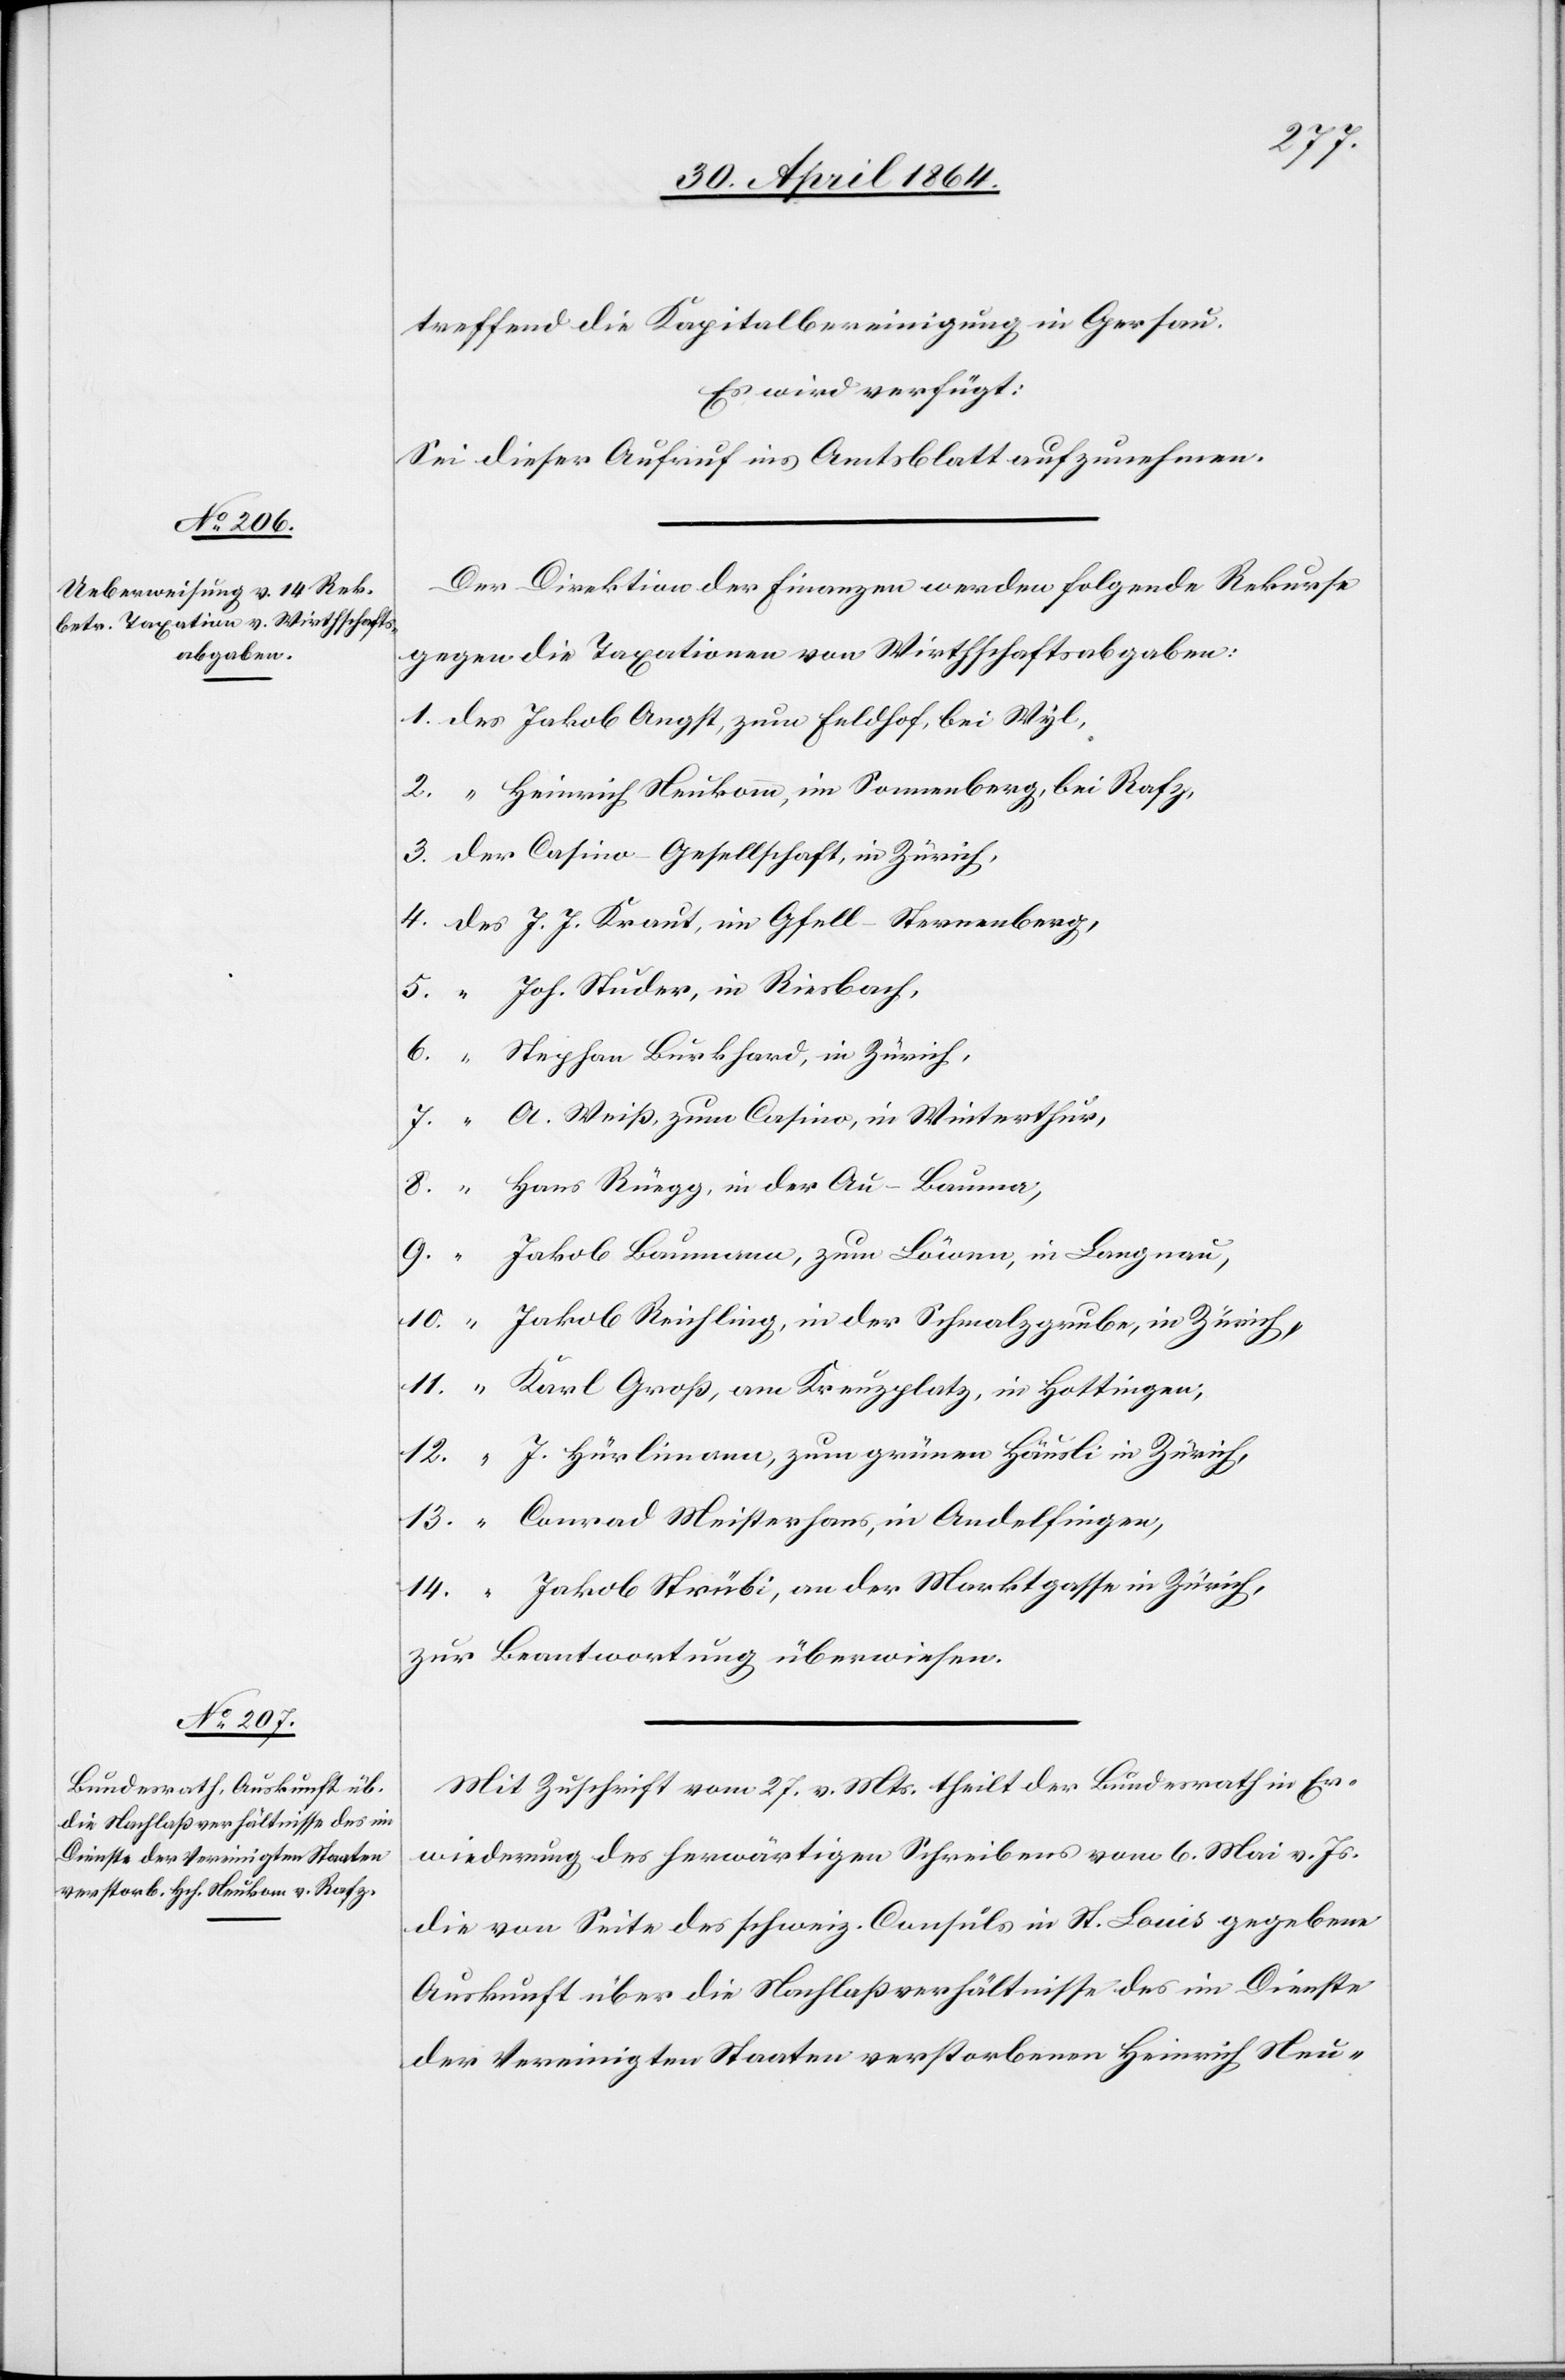
2. Mai 1864.]
treffend die Kapitalbereinigung in Gersau.
Es wird verfügt:
Sei dieser Aufruf ins Amtsblatt aufzunehmen.
Der Direktion der Finanzen werden folgende Rekurse
gegen die Taxationen von Wirthschaftsabgaben:
1. des	Jakob Angst, zum Feldhof, bei Wyl,
2. “	Heinrich Neukomm, im Sonnenberg, bei Rafz,
3. der	Casino Gesellschaft, in Zürich,
4. des	J. J. Kraut, in Gfell – Sternenberg,
5. “	Joh. Studer, in Riesbach,
6. “	Stephan Burkhard, in Zürich,
7. “	A. Weiß, zum Casino, in Winterthur,
8. “	Hans Rüegg, in der Au – Bauma,
9. “	Jakob Baumann, zum Löwen, in Langnau,
10. “	Jakob Reichling, in der Schwalzgrube, in Zürich,
11. “	Karl Groß, am Kreuzplatz, in Hottingen,
12. “	J. Hürlimann, zum grünen Häusli, in Zürich,
13. “	Conrad Meisterhans, in Andelfingen,
14. “	Jakob Strübi, an der Marktgasse in Zürich,
zur Beantwortung überwiesen.
Mit Zuschrift vom 27. v. Mts. theilt der Bundesrath in Er¬
wiederung des herwärtigen Schreibens vom 6. Mai v. Js.
die von Seite des schweiz. Consuls in St. Louis gegebene
Auskunft über die Nachlaßverhältnisse des im Dienste
der Vereinigten Staaten verstorbenen Heinrich Neu-